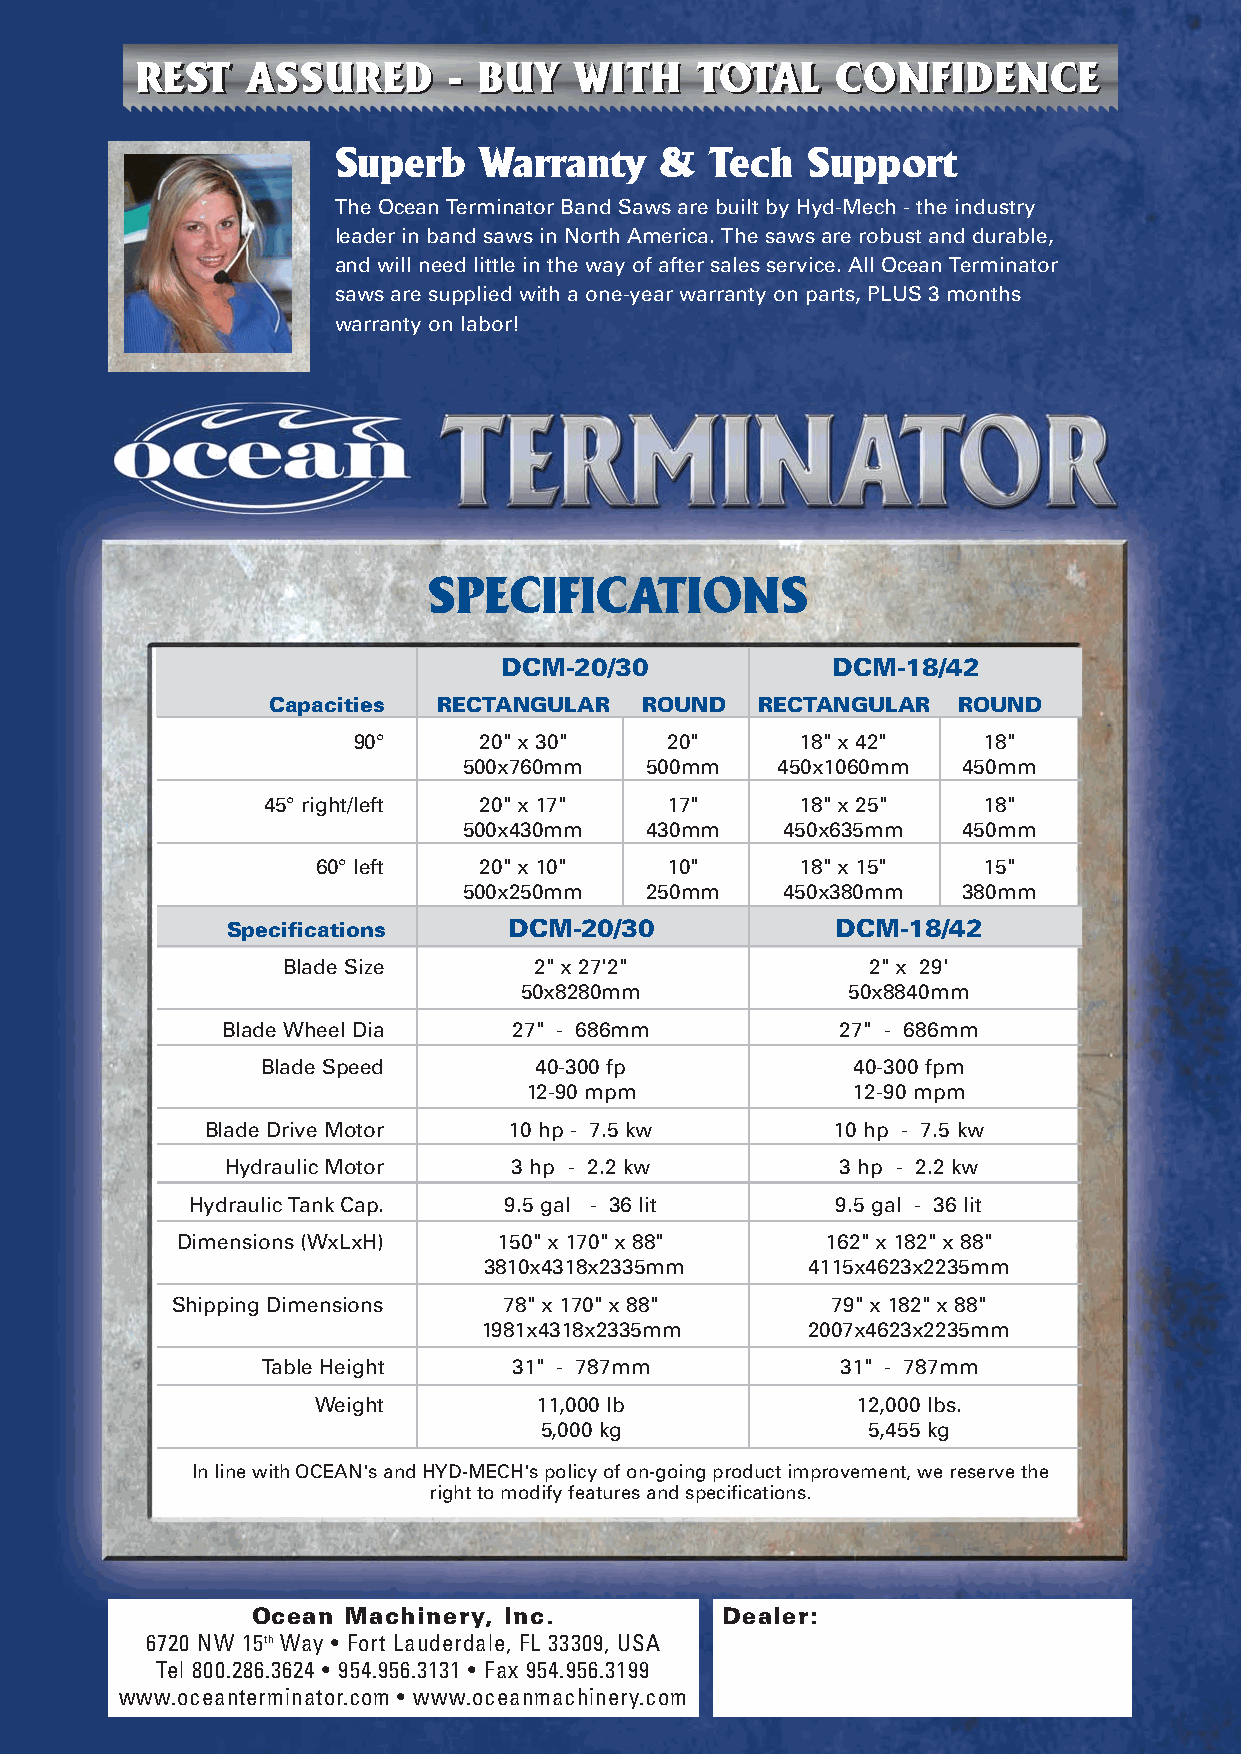
RREESSTT AASSSSUURREEDD -- BBUUYY WWIITTHH TTOOTTAALL CCOONNFFIIDDEENNCCEE
 Superb    Warranty    &  Tech  Support
 The Ocean Terminator Band Saws are built by Hyd-Mech - the industry
 leader in band saws in North America. The saws are robust and durable,
 and will need little in the way of after sales service. All Ocean Terminator
 saws are supplied with a one-year warranty on parts, PLUS 3 months
 warranty on labor!
 SPECIFICATIONS
 DCM-20/30             DCM-18/42
 Capacities RECTANGULAR  ROUND   RECTANGULAR  ROUND
 90°      20" x 30"   20"      18" x 42"   18"
 500x760mm   500mm   450x1060mm   450mm
 45° right/left 20" x 17"   17"      18" x 25"   18"
 500x430mm   430mm    450x635mm   450mm
 60° left   20" x 10"   10"      18" x 15"   15"
 500x250mm   250mm    450x380mm   380mm
 Specifications     DCM-20/30            DCM-18/42
 Blade Size      2" x 27'2"             2" x 29'
 50x8280mm             50x8840mm
 Blade Wheel Dia    27" - 686mm           27" - 686mm
 Blade Speed       40-300 fp             40-300 fpm
 12-90 mpm            12-90 mpm
 Blade Drive Motor   10 hp - 7.5 kw       10 hp - 7.5 kw
 Hydraulic Motor    3 hp - 2.2 kw         3 hp - 2.2 kw
 Hydraulic Tank Cap. 9.5 gal - 36 lit      9.5 gal - 36 lit
 Dimensions (WxLxH)   150" x 170" x 88"     162" x 182" x 88"
 3810x4318x2335mm     4115x4623x2235mm
 Shipping Dimensions   78" x 170" x 88"      79" x 182" x 88"
 1981x4318x2335mm     2007x4623x2235mm
 Table Height     31" - 787mm           31" - 787mm
 Weight         11,000 lb            12,000 lbs.
 5,000 kg             5,455 kg
 In line with OCEAN's and HYD-MECH's policy of on-going product improvement, we reserve the
 right to modify features and specifications.
 Ocean Machinery, Inc.          Dealer:
 6720 NW 15th Way • Fort Lauderdale, FL 33309, USA
 Tel 800.286.3624 • 954.956.3131 • Fax 954.956.3199
 www.oceanterminator.com • www.oceanmachinery.com